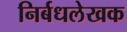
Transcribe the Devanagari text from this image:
निर्बधलेखक